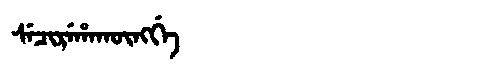
Manchu: ᠰᡝᠴᡳᡵᡝᡥᠠᡴᡡᠩᡤᡝ
Romanization: SECIREHAKŪNGGE